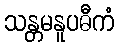
သန္တမနူပဓီကံ